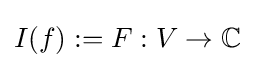
I(f):=F:V\to \mathbb {C}